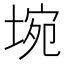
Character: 埦